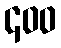
၄၀၀